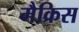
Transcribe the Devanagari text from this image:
मैक्रिस